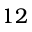
1 2